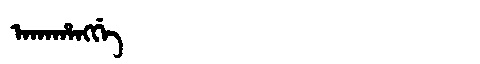
Manchu: ᠠᡴᠠᡥᠠᠩᡤᡝ
Romanization: AKAHANGGE